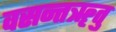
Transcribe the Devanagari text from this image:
वसन्तॠतु